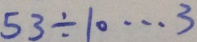
5 3 \div 1 0 \cdots 3